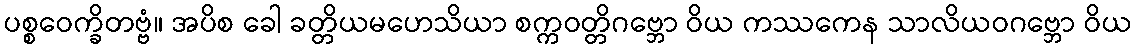
ပစ္စဝေက္ခိတဗ္ဗံ။ အပိစ ခေါ ခတ္တိယမဟေသိယာ စက္ကဝတ္တိဂဗ္ဘော ဝိယ ကဿကေန သာလိယဝဂဗ္ဘော ဝိယ